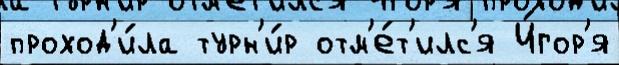
проход'и́ла турн'и́р отм'е́т'илс'я И́гор'я